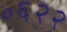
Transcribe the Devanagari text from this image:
०६२२